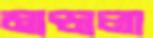
মান্ডালা